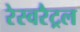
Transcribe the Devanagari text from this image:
रेस्वरैट्रल